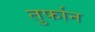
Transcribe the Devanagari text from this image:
तुर्फान